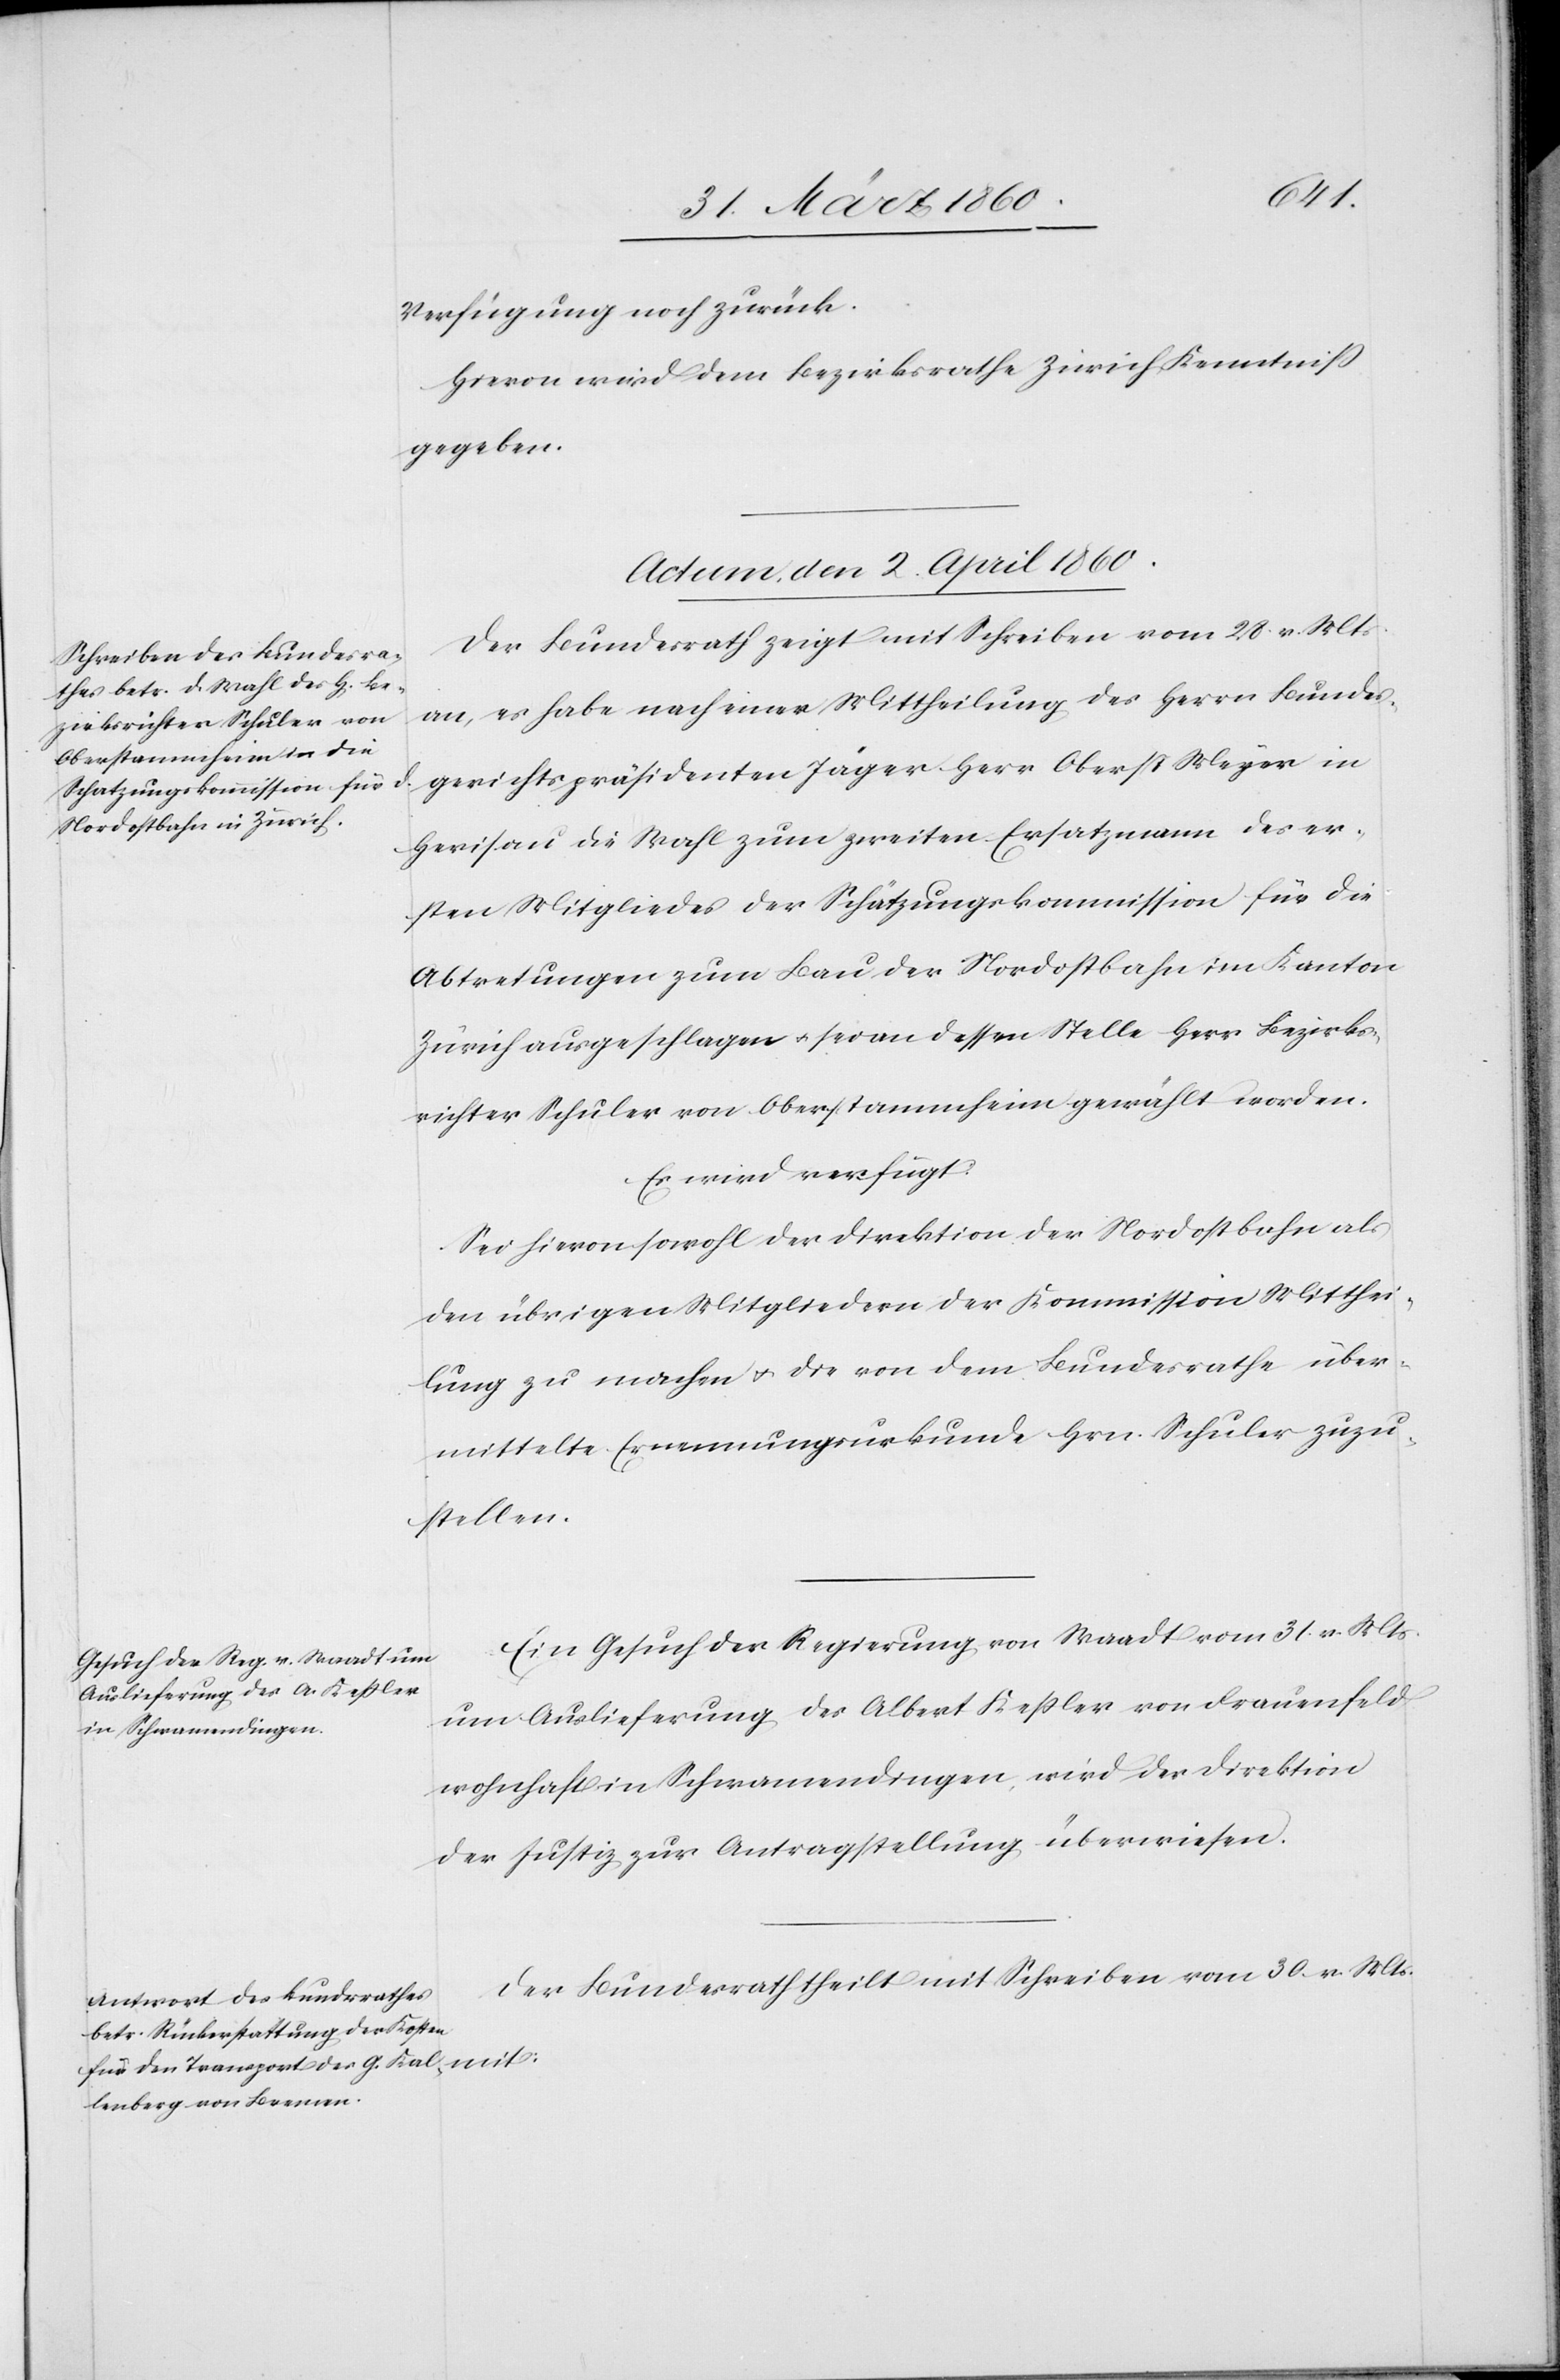
mit:
Verfügung noch zurück.
Hievon wird dem Bezirksrathe Zürich Kenntniss
gegeben.
Actum, den 2. April 1860.]
Der Bundesrath zeigt mit Schreiben vom 28. v. Mts.
an, er habe nach einer Mittheilung des Herrn Bundes¬
gerichtspräsidenten Jäger Herr Oberst Meyer in
Herisau die Wahl zum zweiten Ersatzmann des er¬
sten Mitgliedes der Schätzungskommission für die
Abtretungen zum Bau der Nordostbahn im Kanton
Zürich ausgeschlagen u. sei an dessen Stelle Herr Bezirks¬
richter Schuler von Oberstammheim gewählt worden.
Es wird verfügt:
Sei hievon sowohl der Direktion der Nordostbahn als
den übrigen Mitgliedern der Kommission Mitthei¬
lung zu machen u. die von dem Bundesrathe über¬
mittelte Ernennungsurkunde Hrn. Schuler zuzu¬
stellen.
Ein Gesuch der Regierung von Waadt vom 31. v. Mts.
um Auslieferung des Albert Kessler von Frauenfeld
wohnhaft in Schwamendingen, wird der Direktion
der Justiz zur Antragstellung überwiesen.
Der Bundesrath theilt mit Schreiben vom 30. v. Mts.